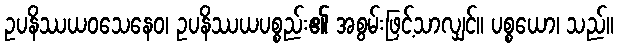
ဥပနိဿယဝသေနေဝ၊ ဥပနိဿယပစ္စည်း၏ အစွမ်းဖြင့်သာလျှင်။ ပစ္စယော၊ သည်။